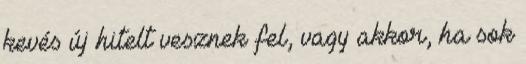
kevés új hitelt vesznek fel, vagy akkor, ha sok